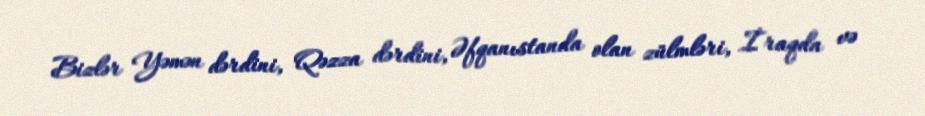
Bizlər Yəmən dərdini, Qəzza dərdini, Əfqanıstanda olan zülmləri, İraqda və